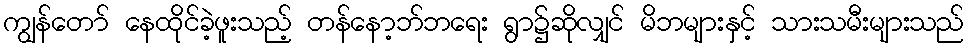
ကျွန်တော် နေထိုင်ခဲ့ဖူးသည့် တန်နော့ဘ်ဘရေး ရွာ၌ဆိုလျှင် မိဘများနှင့် သားသမီးများသည်